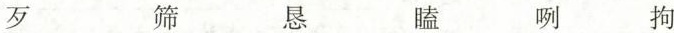
歹 筛 恳 瞌 咧 拘